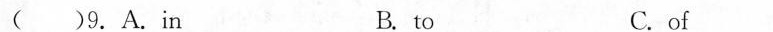
( ) 9. A.in B.to C.of